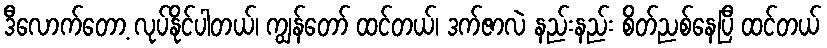
ဒီလောက်တော့ လုပ်နိုင်ပါတယ်၊ ကျွန်တော် ထင်တယ်၊ ဒက်ဇာလဲ နည်းနည်း စိတ်ညစ်နေပြီ ထင်တယ်